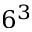
6 ^ { 3 }